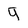
Character: 9